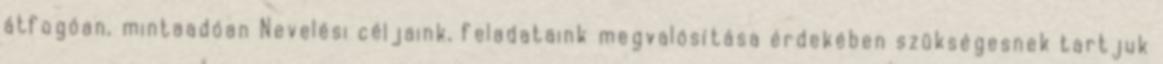
átfogóan, mintaadóan Nevelési céljaink, feladataink megvalósítása érdekében szükségesnek tartjuk